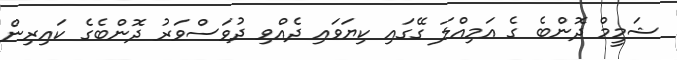
ޝަމީމް ދޮންބެ ގެ އަމިއްލަ ގޭގައި ކިޔަވައި ދެއްވި ދުވަސްވަރު ދޮންބެގެ ކައިރިން